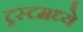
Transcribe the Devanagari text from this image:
ट्रस्टमध्ये